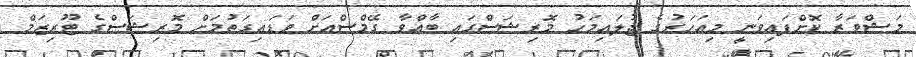
މަޝްވަރާ ކޮށްފައިވަނީ މިއަހަރުގެ ޖުލައިމަހު މޮރިޝަސްގައި ބާއްވާ ގޭމްސްއަށް ވަޑައިގަތުމަށް މޮރިޝަސްގެ ޓޫރިޒަމް